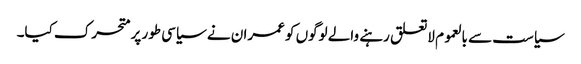
سیاست سے بالعموم لاتعلق رہنے والے لوگوں کو عمران نے سیاسی طور پر متحرک کیا۔